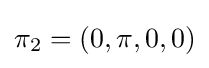
\pi _{2}=(0,\pi ,0,0)